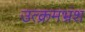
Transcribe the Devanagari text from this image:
उत्क्रमभ्रंश